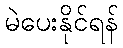
မဲပေးနိုင်ရန်